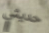
حديثي